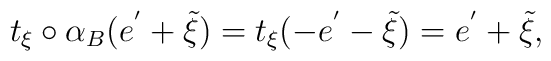
t_{\xi}\circ\alpha_{B}(e^{'}+\tilde{\xi})=t_{\xi}(-e^{'}-\tilde{\xi})=e^{'}+\tilde{\xi},